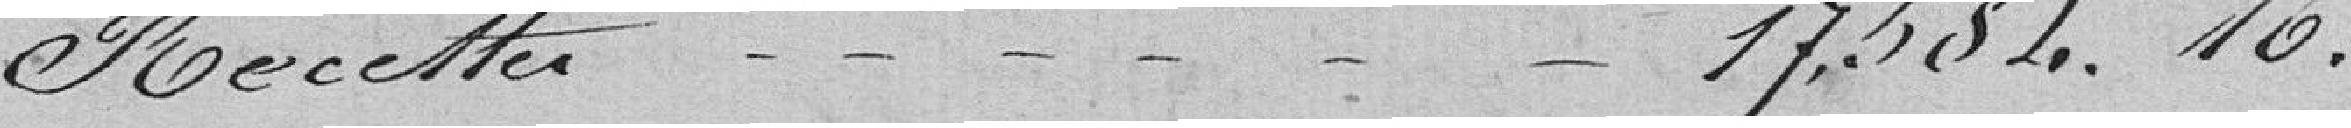
Recettes 17 584,16